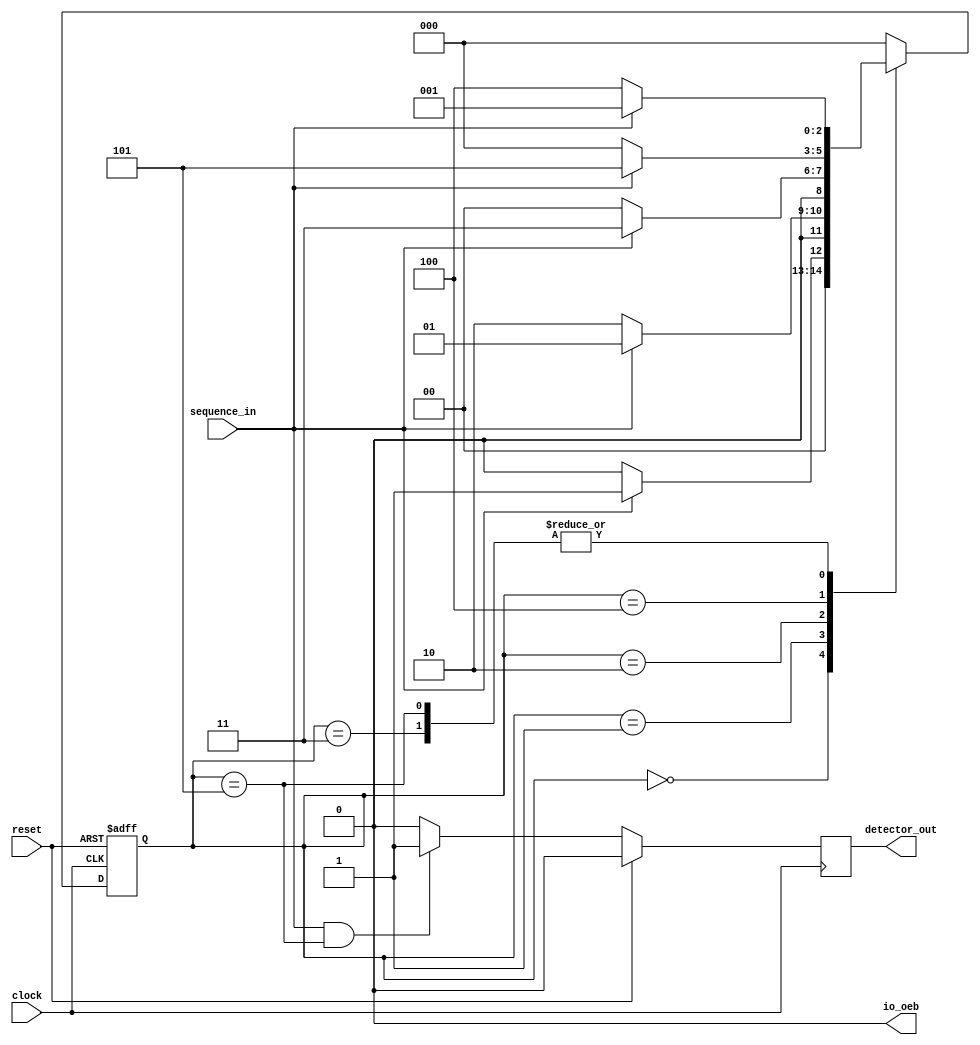
module iiitb_sdm(
`ifdef USE_POWER_PINS
	inout vccd1,	// User area 1 3.3V supply
        inout vssd1,	// User area 2 3.3V supply
`endif
input clock,
input clock, // clock signal
input reset, // reset input
input sequence_in, // binary input
output reg detector_out,
output io_oeb
); // output of the sequence detector
parameter  Zero=3'b000, // "Zero" State
  One=3'b001, // "One" State
  OneZero=3'b010, // "OneZero" State
  OneZeroOne=3'b011, // "OnceZeroOne" State
  OneZeroOneZero=3'b100,// "OneZeroOneOne" State
  OneZeroOneZeroOne=3'b101;
reg [2:0] current_state, next_state; // current state and next state
// sequential memory of the Moore FSM

assign io_oeb =0;
always @(posedge clock, posedge reset)
begin
 if(reset==1) 
 current_state <= Zero;// when reset=1, reset the state of the FSM to "Zero" State
 else
 current_state <= next_state; // otherwise, next state
end 
// combinational logic of the Mealy FSM
// to determine next state 
always @(current_state,sequence_in)
begin
 case(current_state) 
 Zero:begin
  if(sequence_in==1)
   next_state <= One;
  else
   next_state <= Zero;
 end
 One:begin
  if(sequence_in==0)
   next_state <= OneZero;
  else
   next_state <= One;
 end
 OneZero:begin
  if(sequence_in==0)
   next_state <= Zero;
  else
   next_state <= OneZeroOne;
 end 
 OneZeroOne:begin
  if(sequence_in==1)
   next_state <= One;
  else
   next_state <= OneZeroOneZero;
 end
 OneZeroOneZero:begin
  if(sequence_in==0)
   next_state <= Zero;
  else
   next_state <= OneZeroOneZeroOne;
 end
 OneZeroOneZeroOne:begin
 if(sequence_in==1)
 next_state <= One;
 else
 next_state=OneZeroOneZero;
 end
 default:next_state <= Zero;
 endcase
end
// combinational logic to determine the output
// of the Mealy FSM, output  depends on current state and present input
always @(posedge clock)
begin 
 if (reset==1) detector_out <= 1'b0;
    else begin
      if (sequence_in & (current_state == OneZeroOneZeroOne)) detector_out <= 1'b1;
      else detector_out <= 1'b0;
    end
end 
endmodule